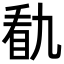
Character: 𭾭